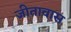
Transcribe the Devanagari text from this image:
जीतावास